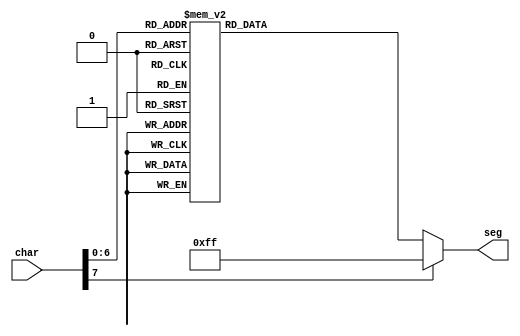
`timescale 1ns / 1ps
//////////////////////////////////////////////////////////////////////////////////
// Company: 
// Engineer: 
// 
// Design Name: 
// Module Name: char_disp
// Project Name: 
// Target Devices: 
// Tool Versions: 
// Description: 
// 
// Dependencies: 
// 
// Revision:
// Revision 0.01 - File Created
// Additional Comments:
// 
//////////////////////////////////////////////////////////////////////////////////


module char_disp(input [7:0] char, output reg [7:0] seg);

    always @ * begin
        case(char)
            4'd0: seg = 8'b11000000;
            4'd1: seg = 8'b11111001;
            4'd2: seg = 8'b10100100;
            4'd3: seg = 8'b10110000;
            4'd4: seg = 8'b10011001;
            4'd5: seg = 8'b10010010;
            4'd6: seg = 8'b10000010;
            4'd7: seg = 8'b11111000;
            4'd8: seg = 8'b10000000;
            4'd9: seg = 8'b10010000;
            "A": seg = 8'b10001000;
            "B": seg = 8'b10000011;
            "C": seg = 8'b11000110;
            "D": seg = 8'b10100001;
            "E": seg = 8'b10000110;
            "F": seg = 8'b10001110;
            "G": seg = 8'b10010000;
            "H": seg = 8'b10001001;
            "I": seg = 8'b11001111;
            "J": seg = 8'b11100001;
            "K": seg = 8'b10001001;
            "L": seg = 8'b11000111;
            "M": seg = 8'b11101010;
            "N": seg = 8'b10101011;
            "O": seg = 8'b11000000;
            "P": seg = 8'b10001100;
            "Q": seg = 8'b10011000;
            "R": seg = 8'b10101111;
            "S": seg = 8'b10010010;
            "T": seg = 8'b10000111;
            "U": seg = 8'b11000001;
            "V": seg = 8'b11100011;
            "W": seg = 8'b11010101;
            "X": seg = 8'b10001001;
            "Y": seg = 8'b10010001;
            "Z": seg = 8'b10100100;
            "-": seg = 8'b10111111;
            default: seg = 8'b11111111;
        endcase
    end
endmodule